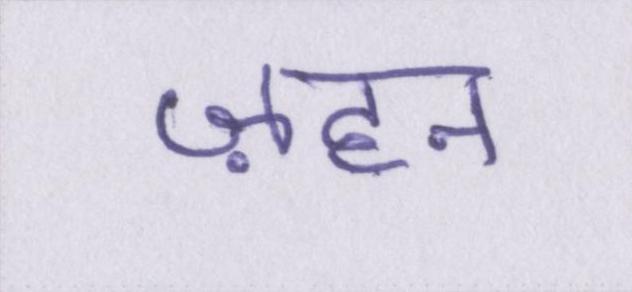
ज़हन